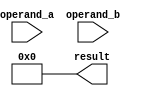
module booth_multiplier(
    input [15:0] operand_a,
    input [15:0] operand_b,
    output reg [31:0] result
);

reg [15:0] multiplier_reg;
reg [15:0] partial_product_reg;
reg [3:0] control_unit;
reg [31:0] accumulator;

always @(*) begin
    multiplier_reg = operand_a;
    partial_product_reg = 16'b0;
    control_unit = 4'b0;
    accumulator = 32'b0;
end

always @(posedge clk) begin
    // Booth encoding scheme for generating shift and add operations
    case({multiplier_reg[0], multiplier_reg[15], control_unit[3:0]})
        3'b000: begin // Shift left
            partial_product_reg <= {partial_product_reg[14:0], 1'b0};
            multiplier_reg <= {multiplier_reg[14:0], multiplier_reg[15]};
            control_unit <= {control_unit[2:0], multiplier_reg[0]};
        end
        3'b001: begin // Add operand_b to partial product
            partial_product_reg <= partial_product_reg + (control_unit[3] ? -operand_b : operand_b);
            multiplier_reg <= {multiplier_reg[14:0], multiplier_reg[15]};
            control_unit <= {control_unit[2:0], multiplier_reg[0]};
        end
        3'b010: begin // Shift right
            partial_product_reg <= {1'b0, partial_product_reg[15:1]};
            multiplier_reg <= {multiplier_reg[14:0], multiplier_reg[15]};
            control_unit <= {control_unit[2:0], multiplier_reg[0]};
        end
        default: begin
            partial_product_reg <= partial_product_reg;
            multiplier_reg <= multiplier_reg;
            control_unit <= control_unit;
        end
    endcase
end

always @(*) begin
    if (partial_product_reg[15] == 1) begin
        // Sign extension
        accumulator = {16'b1, partial_product_reg};
    end else begin
        accumulator = partial_product_reg;
    end
    
    // Overflow detection
    if (accumulator[31:16] == 16'b1111 || accumulator[31:16] == 16'b0000) begin
        // result normalization
        result = accumulator >> 1;
    end else begin
        result = accumulator;
    end
end

endmodule